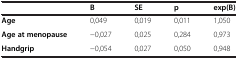
<table><thead><tr><td><b> </b></td><td><b>B</b></td><td><b>SE</b></td><td><b>p</b></td><td><b>exp(B)</b></td></tr></thead><tbody><tr><td><b>Age</b></td><td>0,049</td><td>0,019</td><td>0,011</td><td>1,050</td></tr><tr><td><b>Age at menopause</b></td><td>-0,027</td><td>0,025</td><td>0,284</td><td>0,973</td></tr><tr><td><b>Handgrip</b></td><td>-0,054</td><td>0,027</td><td>0,050</td><td>0,948</td></tr></tbody></table>